Report of the Bombay Veterinary College
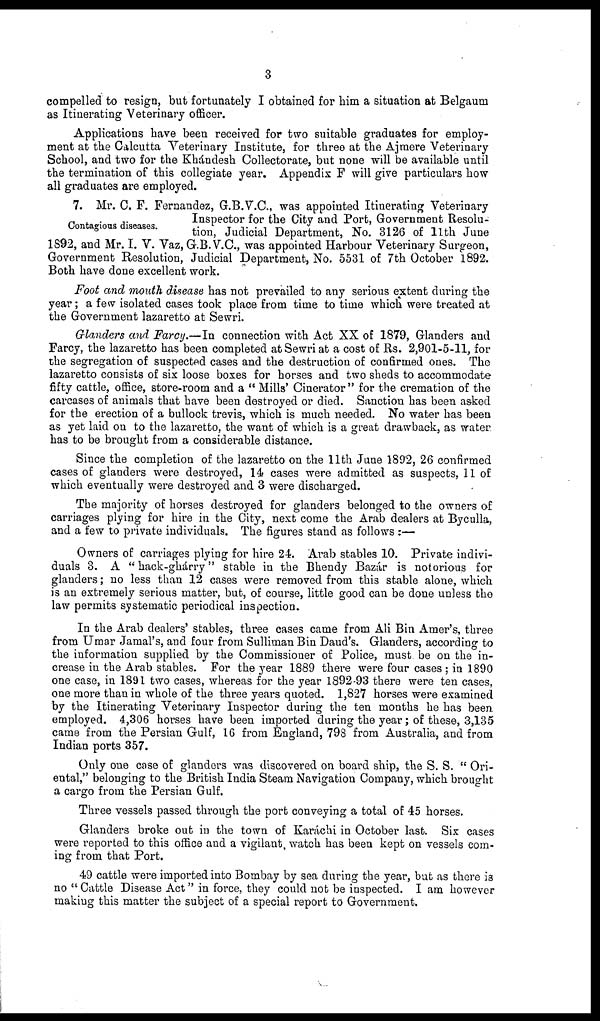
3
compelled to resign, but fortunately I obtained for him a situation at Belgaum
as Itinerating Veterinary officer.
Applications have been received for two suitable graduates for employ-
ment at the Calcutta Veterinary Institute, for three at the. Ajmere Veterinary
School, and two for the Khándesh Collectorate, but none will be available until
the termination of this collegiate year. Appendix F will give particulars how
all graduates are employed.
Contagious diseases.
7. Mr. C. F. Fernandez, G.B.V.C., was appointed Itinerating Veterinary
Inspector for the City and Port, Government Resolu-
tion, Judicial Department, No. 3126 of 11th June
1892, and Mr. I. V. Vaz, G.B.V.C., was appointed Harbour Veterinary Surgeon,
Government Resolution, Judicial Department, No. 5531 of 7th October 1892.
Both have done excellent work.
Foot and mouth disease has not prevailed to any serious extent during the
year; a few isolated cases took place from time to time which were treated at
the Government lazaretto at Sewri.
Glanders and Farcy.—In connection with Act XX of 1879, Glanders and
Farcy, the lazaretto has been completed at Sewri at a cost of Rs. 2,901-5-11, for
the segregation of suspected cases and the destruction of confirmed ones. The
lazaretto consists of six loose boxes for horses and two sheds to accommodate
fifty cattle, office, store-room and a " Mills' Cinerator " for the cremation of the
carcases of animals that have been destroyed or died. Sanction has been asked
for the erection of a bullock trevis, which is much needed. No water has been
as yet laid on to the lazaretto, the want of which is a great drawback, as water.
has to be brought from a considerable distance.
Since the completion of the lazaretto on the 11th June 1892, 26 confirmed
cases of glanders were destroyed, 14 cases were admitted as suspects, 11 of
which eventually were destroyed and 3 were discharged.
The majority of horses destroyed for glanders belonged to the owners of
carriages plying for hire in the City, next come the Arab dealers at Byculla,
and a few to private individuals. The figures stand as follows :—
Owners of carriages plying for hire 24. Arab stables 10. Private indivi-
duals 3. A "hack-ghárry" stable in the Bhendy Bazár is notorious for
glanders; no less than 12 cases were removed from this stable alone, which
is an extremely serious matter, but, of course, little good can be done unless the
law permits systematic periodical inspection.
In the Arab dealers' stables, three cases came from Ali Bin Amer's, three
from Umar Jamal's, and four from Sulliman Bin Daud's. Glanders, according to
the information supplied by the Commissioner of Police, must be on the in-
crease in the Arab stables. For the year 1889 there were four cases ; in 1890
one case, in 1891 two cases, whereas for the year 1892-93 there were ten cases,
one more than in whole of the three years quoted. 1,827 horses were examined
by the Itinerating Veterinary Inspector during the ten months he has been
employed. 4,306 horses have been imported during the year; of these, 3,135
came from the Persian Gulf, 16 from England, 798 from Australia, and from
Indian ports 357.
Only one case of glanders was discovered on board ship, the S. S. " Ori-
ental," belonging to the British India Steam Navigation Company, which brought
a cargo from the Persian Gulf.
Three vessels passed through the port conveying a total of 45 horses.
Glanders broke out in the town of Karáchi in October last. Six cases
were reported to this office and a vigilant, watch has been kept on vessels com-
ing from that Port.
49 cattle were imported into Bombay by sea during the year, but as there is
no " Cattle Disease Act" in force, they could not be inspected. I am however
making this matter the subject of a special report to Government.